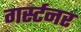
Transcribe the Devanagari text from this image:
गर्स्टनर